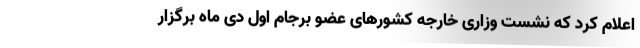
اعلام کرد که نشست وزاری خارجه کشورهای عضو برجام اول دی ماه برگزار